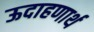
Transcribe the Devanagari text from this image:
ऊदाहणार्थ